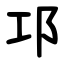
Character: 邛